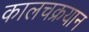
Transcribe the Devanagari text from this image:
कालचक्रयान